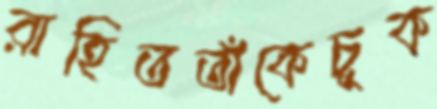
রাহিততাঁকেচুক